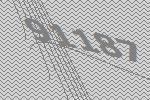
91187